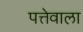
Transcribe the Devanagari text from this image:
पत्तेवाला